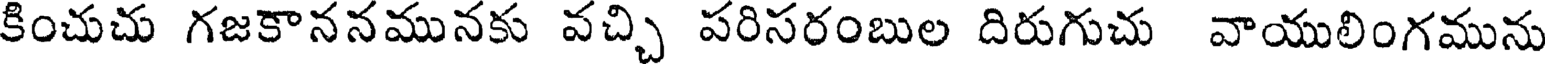
కించుచు గజకాననమునకు వచ్చి పరిసరంబుల దిరుగుచు వాయులింగమును